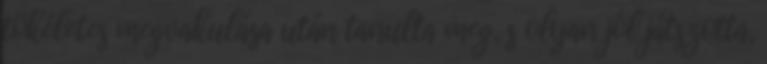
tökéletes megvakulása után tanulta meg, s olyan jól játszotta,